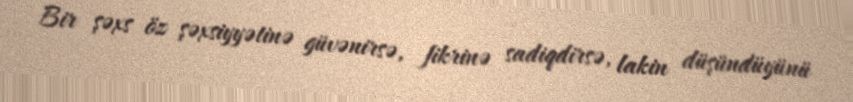
Bir şəxs öz şəxsiyyətinə güvənirsə, fikrinə sadiqdirsə, lakin düşündüyünü